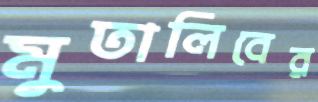
মুতালিবের